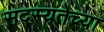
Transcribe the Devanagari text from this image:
सदस्यतेच्या